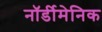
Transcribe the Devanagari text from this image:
नॉर्डीमेनिक